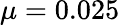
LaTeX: \mu=0.025